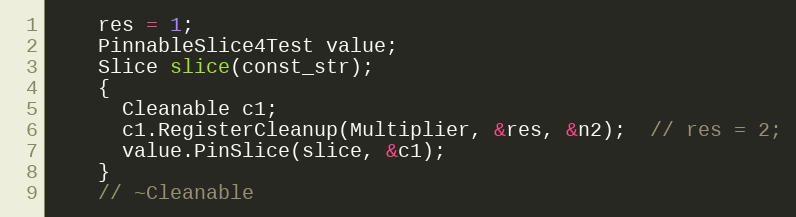
Language: C++
    res = 1;
    PinnableSlice4Test value;
    Slice slice(const_str);
    {
      Cleanable c1;
      c1.RegisterCleanup(Multiplier, &res, &n2);  // res = 2;
      value.PinSlice(slice, &c1);
    }
    // ~Cleanable